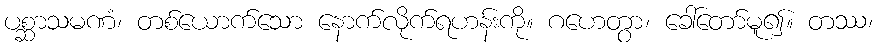
ပစ္ဆာသမဏံ၊ တစ်ယောက်သော နောက်လိုက်ရဟန်းကို။ ဂဟေတွာ၊ ခေါ်တော်မူ၍။ တဿ၊